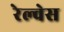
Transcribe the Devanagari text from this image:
रेल्वेस